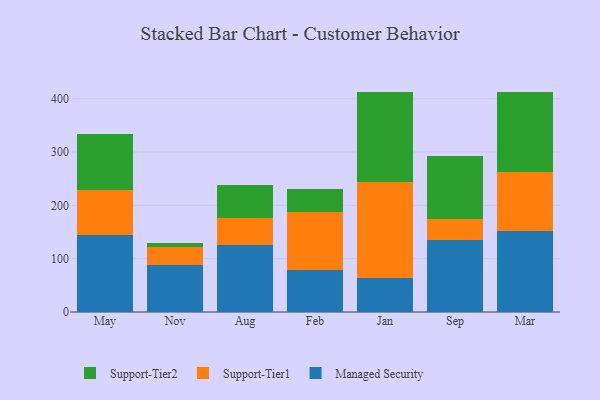
{"axis": {"x": "Month", "y": "Page Views"}, "legend": ["Managed Security", "Support-Tier1", "Support-Tier2"], "data": [{"x": "May", "y": 144.3, "type": "Managed Security"}, {"x": "May", "y": 84.4, "type": "Support-Tier1"}, {"x": "May", "y": 104.8, "type": "Support-Tier2"}, {"x": "Nov", "y": 89.0, "type": "Managed Security"}, {"x": "Nov", "y": 33.6, "type": "Support-Tier1"}, {"x": "Nov", "y": 6.4, "type": "Support-Tier2"}, {"x": "Aug", "y": 126.1, "type": "Managed Security"}, {"x": "Aug", "y": 50.9, "type": "Support-Tier1"}, {"x": "Aug", "y": 61.9, "type": "Support-Tier2"}, {"x": "Feb", "y": 78.7, "type": "Managed Security"}, {"x": "Feb", "y": 108.5, "type": "Support-Tier1"}, {"x": "Feb", "y": 44.3, "type": "Support-Tier2"}, {"x": "Jan", "y": 64.4, "type": "Managed Security"}, {"x": "Jan", "y": 179.0, "type": "Support-Tier1"}, {"x": "Jan", "y": 170.0, "type": "Support-Tier2"}, {"x": "Sep", "y": 135.1, "type": "Managed Security"}, {"x": "Sep", "y": 39.2, "type": "Support-Tier1"}, {"x": "Sep", "y": 119.0, "type": "Support-Tier2"}, {"x": "Mar", "y": 152.4, "type": "Managed Security"}, {"x": "Mar", "y": 110.7, "type": "Support-Tier1"}, {"x": "Mar", "y": 150.2, "type": "Support-Tier2"}]}